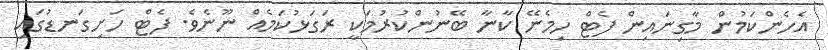
އެހެންކަމުން މާގިނައިން ފެޓް ހިމެނޭ ކާނާ ބޭނުންކުރުމަކީ ރަގަޅުކަމެއް ނޫނެވެ. ފެޓް ހަށިގަނޑުގައި